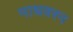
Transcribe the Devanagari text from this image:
माधवरन